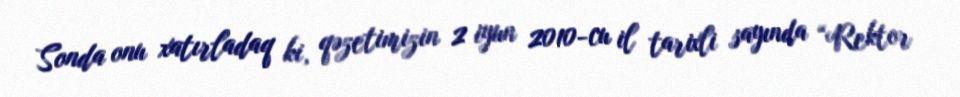
Sonda onu xatırladaq ki, qəzetimizin 2 iyun 2010-cu il tarixli sayında “Rektor